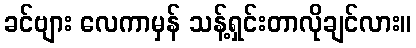
ခင်ဗျား လေကာမှန် သန့်ရှင်းတာလိုချင်လား။